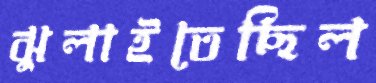
ঝুলাইতেছিল